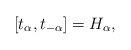
\begin{align*}[t_{\alpha},t_{-\alpha}]=H_{\alpha},\end{align*}